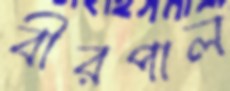
বীরপাল